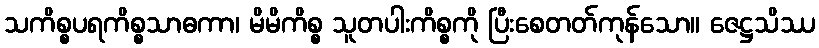
သကိစ္စပရကိစ္စသာဓကာ၊ မိမိကိစ္စ သူတပါးကိစ္စကို ပြီးစေတတ်ကုန်သော။ ဇေဋ္ဌသိဿ